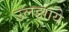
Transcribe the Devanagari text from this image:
उलझाये